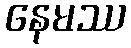
နေမဿ